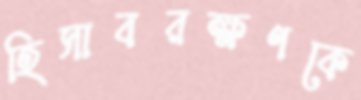
হিসাবরক্ষণকে